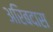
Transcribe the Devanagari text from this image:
अरिबदास